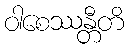
ဝါစေဿန္တီတိ